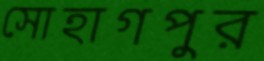
সোহাগপুর